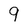
Character: 9